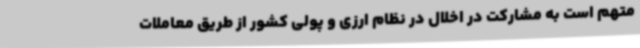
متهم است به مشارکت در اخلال در نظام ارزی و پولی کشور از طریق معاملات